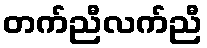
တက်ညီလက်ညီ